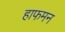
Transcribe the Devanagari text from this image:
हाफमन